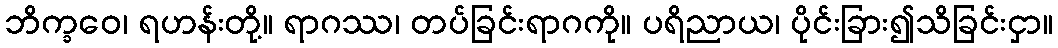
ဘိက္ခဝေ၊ ရဟန်းတို့။ ရာဂဿ၊ တပ်ခြင်းရာဂကို။ ပရိညာယ၊ ပိုင်းခြား၍သိခြင်းငှာ။